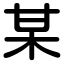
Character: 某